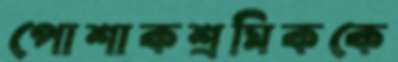
পোশাকশ্রমিককে